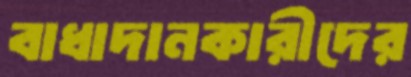
বাধাদানকারীদের